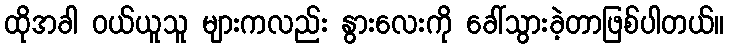
ထိုအခါ ဝယ်ယူသူ များကလည်း နွားလေးကို ခေါ်သွားခဲ့တာဖြစ်ပါတယ်။